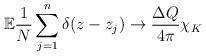
LaTeX: \begin{align*} {\mathbb E} \frac{1}{N}\sum_{j=1}^n \delta(z-z_j) \to \frac{\Delta Q}{4\pi}\chi_K \end{align*}